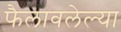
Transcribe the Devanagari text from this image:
फैलावलेल्या